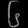
Digit: ၆